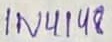
Text: 1N4148